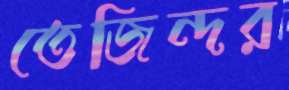
তেজিন্দর